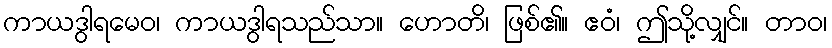
ကာယဒွါရမေဝ၊ ကာယဒွါရသည်သာ။ ဟောတိ၊ ဖြစ်၏။ ဧဝံ၊ ဤသို့လျှင်။ တာဝ၊